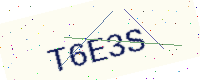
Text: T6E3S